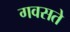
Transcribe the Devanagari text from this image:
गवसते